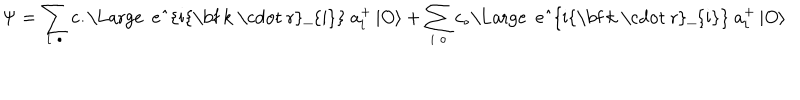
LaTeX: \Psi = \sum _ { i \; \bullet } c _ { \bullet } \mathrm { \Large ~ e ^ { i { \bf ~ k ~ \cdot ~ r } _ { i } } ~ } a _ { i } ^ { + } \left| O \right\rangle + \sum _ { i \; \circ } c _ { \circ } \mathrm { \Large ~ e ^ { i { \bf ~ k ~ \cdot ~ r } _ { i } } ~ } a _ { i } ^ { + } \left| O \right\rangle